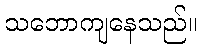
သဘောကျနေသည်။